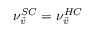
\nu _ { \vec { v } } ^ { S C } = \nu _ { \vec { v } } ^ { H C }